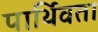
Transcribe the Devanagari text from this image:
पार्थिवता